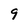
Character: 9